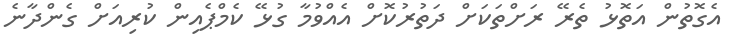
އެގޮތުން އަތޮޅު ތެރޭ ރަށްތަކަށް ދަތުރުކޮށް އެއްވުމާ ގުޅޭ ކެމްޕެއިން ކުރިއަށް ގެންދާނެ